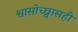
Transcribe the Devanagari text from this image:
श्वासोच्छ्वासही